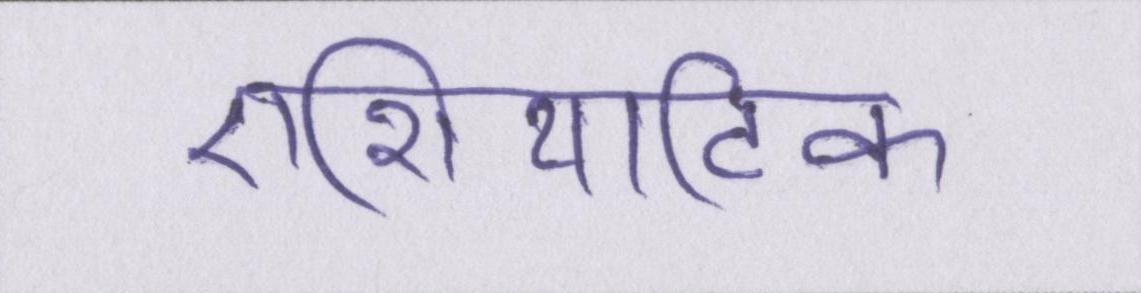
एशियाटिक